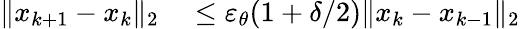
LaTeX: \begin{array}{rl}{\| x_{k+1}-x_{k}\| _{2}}&{{}\leq\varepsilon_{\theta}(1+\delta/2)\| x_{k}-x_{k-1}\| _{2}}\end{array}